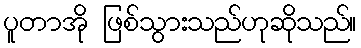
ပူတာအို ဖြစ်သွားသည်ဟုဆိုသည်။